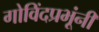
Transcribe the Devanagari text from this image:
गोविंदप्रभूंनी